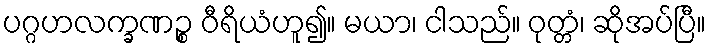
ပဂ္ဂဟလက္ခဏဉ္စ ဝီရိယံဟူ၍။ မယာ၊ ငါသည်။ ဝုတ္တံ၊ ဆိုအပ်ပြီ။